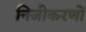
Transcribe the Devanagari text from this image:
निजीकरणों